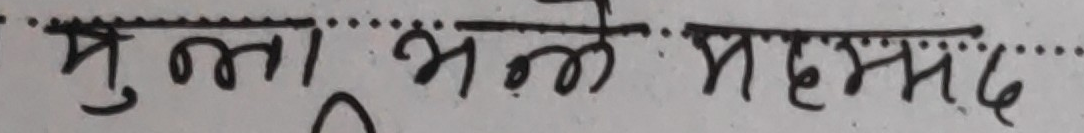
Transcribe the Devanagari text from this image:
मुल्ला भल्ले महम्मद